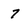
Character: 7